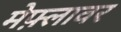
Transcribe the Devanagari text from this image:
मेफ़्लावर